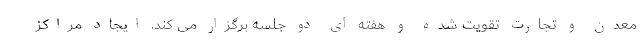
معدن و تجارت تقویت شده و هفته ای دو جلسه برگزار می کند. ایجاد مراکز